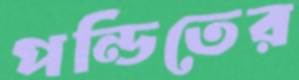
পন্ডিতের